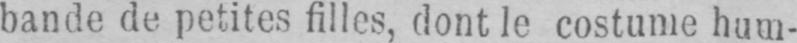
bande de petites filles, dont le costume hum-